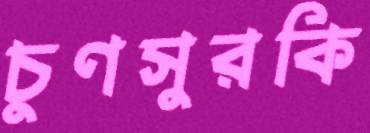
চুণসুরকি